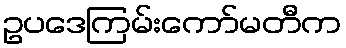
ဥပဒေကြမ်းကော်မတီက